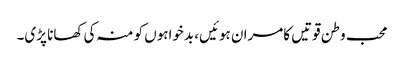
محب وطن قوتیں کامران ہوئیں، بدخواہوں کو منہ کی کھانا پڑی۔